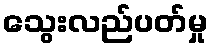
သွေးလည်ပတ်မှု